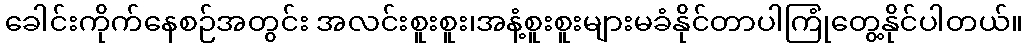
ခေါင်းကိုက်နေစဉ်အတွင်း အလင်းစူးစူး၊အနံ့စူးစူးများမခံနိုင်တာပါကြုံတွေ့နိုင်ပါတယ်။